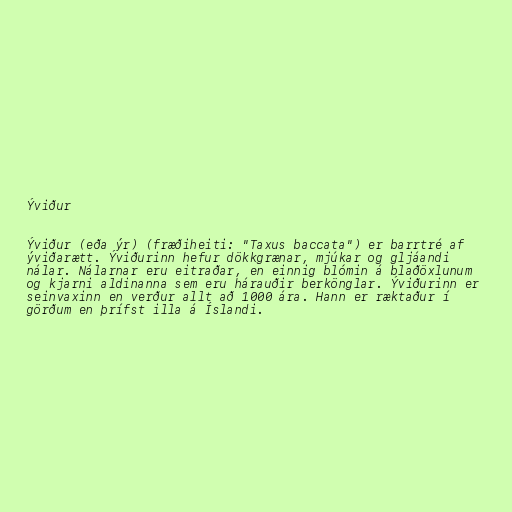
Ýviður

Ýviður (eða ýr) (fræðiheiti: "Taxus baccata") er barrtré af
ýviðarætt. Ýviðurinn hefur dökkgrænar, mjúkar og gljáandi
nálar. Nálarnar eru eitraðar, en einnig blómin á blaðöxlunum
og kjarni aldinanna sem eru hárauðir berkönglar. Ýviðurinn er
seinvaxinn en verður allt að 1000 ára. Hann er ræktaður í
görðum en þrífst illa á Íslandi.